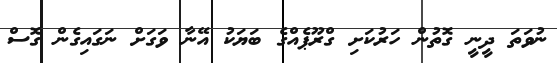
ނުވަތަ ދީނީ ގޮތުން ހަރުކަށި ގްރޫޕެއްގެ ބަޔަކު އޭނާ ވަގަށް ނަގައިގެން ގޮސް